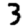
Digit: 3